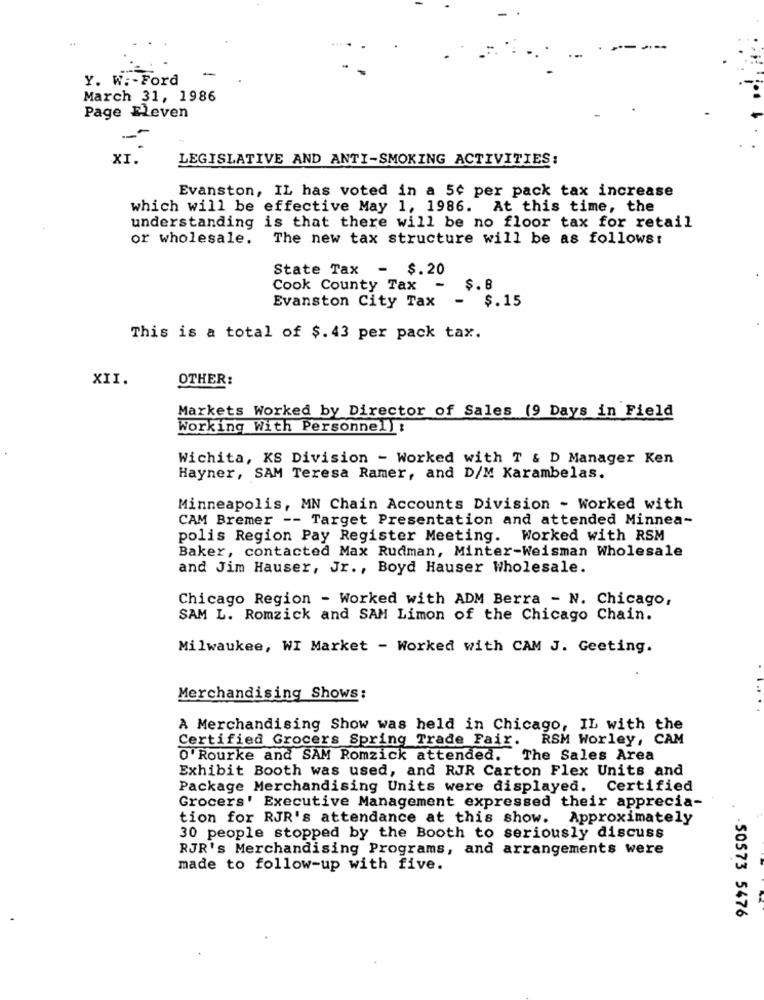
Y. W .- Ford
March 31, 1986
Page Eleven
XI.
LEGISLATIVE AND ANTI-SMOKING ACTIVITIES:
Evanston, IL has voted in a 5¢ per pack tax increase
which will be effective May 1, 1986. At this time, the
understanding is that there will be no floor tax for retail
or wholesale.
The new tax structure will be as follows:
State Tax
-
$.20
Cook County Tax
-
$.8
Evanston City Tax
- $.15
This is a total of $. 43 per pack tax.
XII.
OTHER:
Markets Worked by Director of Sales (9 Days in Field
Working With Personnel) :
Wichita, KS Division - Worked with T & D Manager Ken
Hayner, SAM Teresa Ramer, and D/M Karambelas.
Minneapolis, MN Chain Accounts Division - Worked with
CAM Bremer -- Target Presentation and attended Minnea-
polis Region Pay Register Meeting. Worked with RSM
Baker, contacted Max Rudman, Minter-Weisman Wholesale
and Jim Hauser, Jr ., Boyd Hauser Wholesale.
Chicago Region - Worked with ADM Berra - N. Chicago,
SAM L. Romzick and SAM Limon of the Chicago Chain.
Milwaukee, WI Market - Worked with CAM J. Geeting.
Merchandising Shows:
A Merchandising Show was held in Chicago, IL with the
Certified Grocers Spring Trade Fair.
RSM Worley, CAM
O' Rourke and SAM Romzick attended. The Sales Area
Exhibit Booth was used, and RJR Carton Flex Units and
Package Merchandising Units were displayed. Certified
Grocers' Executive Management expressed their apprecia-
tion for RJR's attendance at this show.
Approximately
30 people stopped by the Booth to seriously discuss
RJR's Merchandising Programs, and arrangements were
made to follow-up with five.
. . 50573 5476